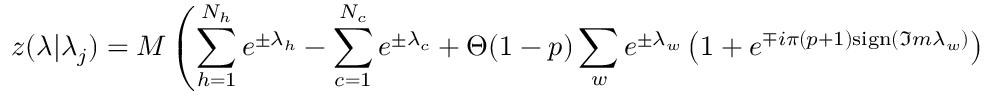
z ( \lambda | \lambda _ { j } ) = M \left( \sum _ { h = 1 } ^ { N _ { h } } e ^ { \pm \lambda _ { h } } - \sum _ { c = 1 } ^ { N _ { c } } e ^ { \pm \lambda _ { c } } + \Theta ( 1 - p ) \sum _ { w } e ^ { \pm \lambda _ { w } } \left( 1 + e ^ { \mp i \pi ( p + 1 ) \mathrm { s i g n } ( \Im m \lambda _ { w } ) } \right) - 2 \sum _ { s = 1 } ^ { N _ { s } } e ^ { \pm \lambda _ { s } } \right)